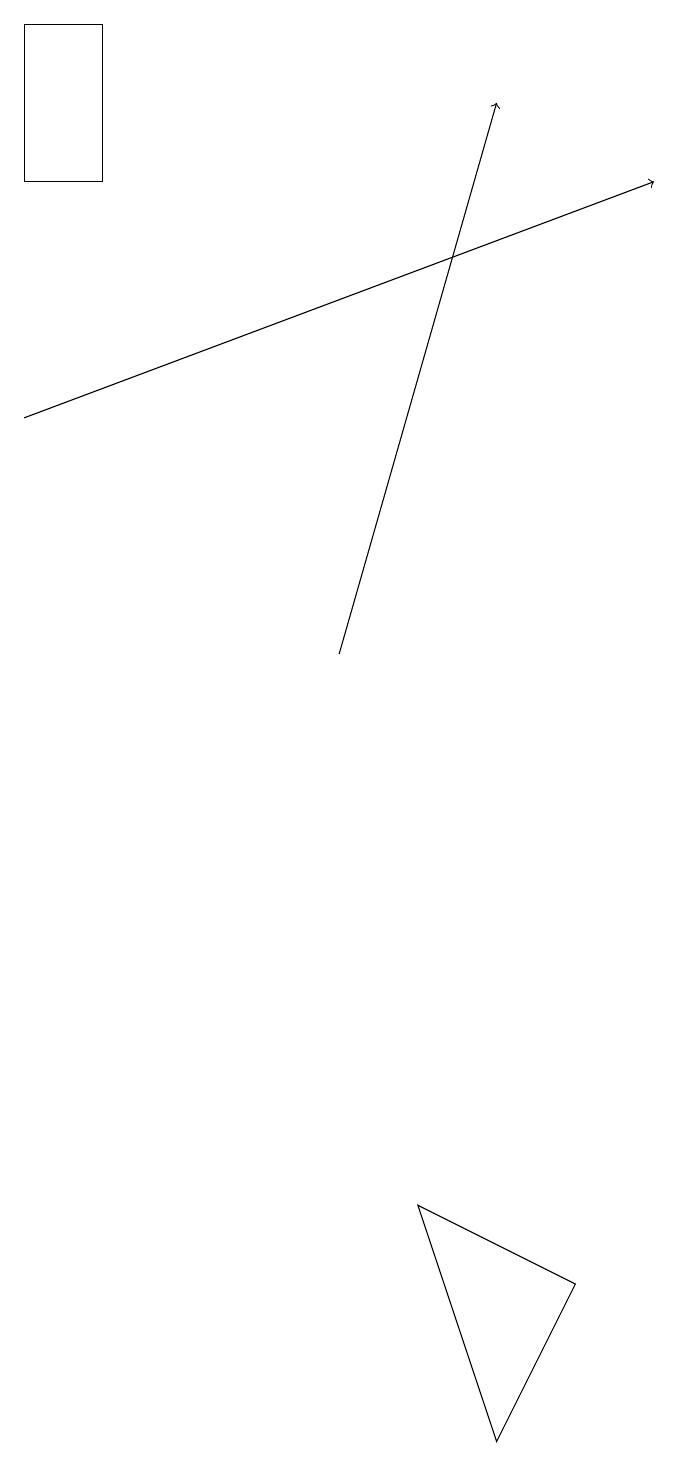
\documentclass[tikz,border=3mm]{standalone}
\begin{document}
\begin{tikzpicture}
\draw (1,18) rectangle (0,16);
\draw[->] (4,10) -- (6,17);
\draw[->] (0,13) -- (8,16);
\draw (5,3) -- (7,2) -- (6,0) -- cycle;
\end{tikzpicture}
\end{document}